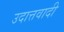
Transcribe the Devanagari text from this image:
उदात्तवादी